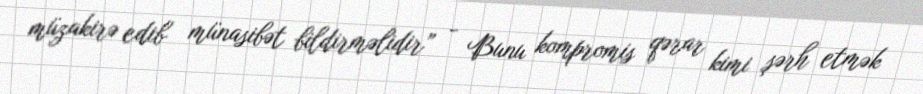
müzakirə edib münasibət bildirməlidir” - Bunu kompromis qərar kimi şərh etmək